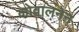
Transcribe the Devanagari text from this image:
कोवालनेन